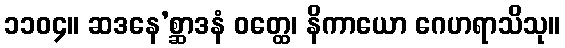
၁၁၀၄။ ဆဒနေ’စ္ဆာဒနံ ဝတ္ထေ၊ နိကာယော ဂေဟရာသိသု။